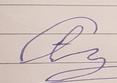
Signature authenticity: forged